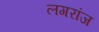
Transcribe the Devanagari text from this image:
लगरांज